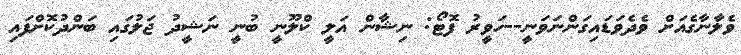
ވެލާނާގެއަށް ވެދެވަޑައިގަންނަވަނީ--ހަވީރު ފޮޓޯ: ނިޝާން އަލީ ކްލޫނީ ބުނީ ނަޝީދު ޖަލުގައި ބަންދުކޮށްފައި